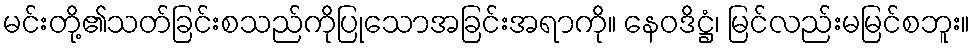
မင်းတို့၏သတ်ခြင်းစသည်ကိုပြုသောအခြင်းအရာကို။ နေဝဒိဋ္ဌံ၊ မြင်လည်းမမြင်စဘူး။